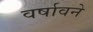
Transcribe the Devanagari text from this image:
वर्षावने